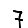
Digit: 7